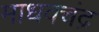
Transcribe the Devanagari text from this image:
माधवचंद्र